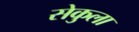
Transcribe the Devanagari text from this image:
सेकुला